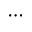
\cdots